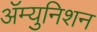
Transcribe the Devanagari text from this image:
ॲम्युनिशन